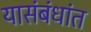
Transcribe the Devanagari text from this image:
यासंबंधांत